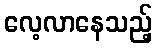
လေ့လာနေသည့်